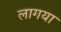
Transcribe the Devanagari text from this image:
लागया